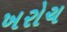
ખરોચ